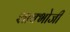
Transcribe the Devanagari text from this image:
शाक्भोजी